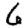
Digit: 6